Epidemic dropsy in Calcutta - Number 45
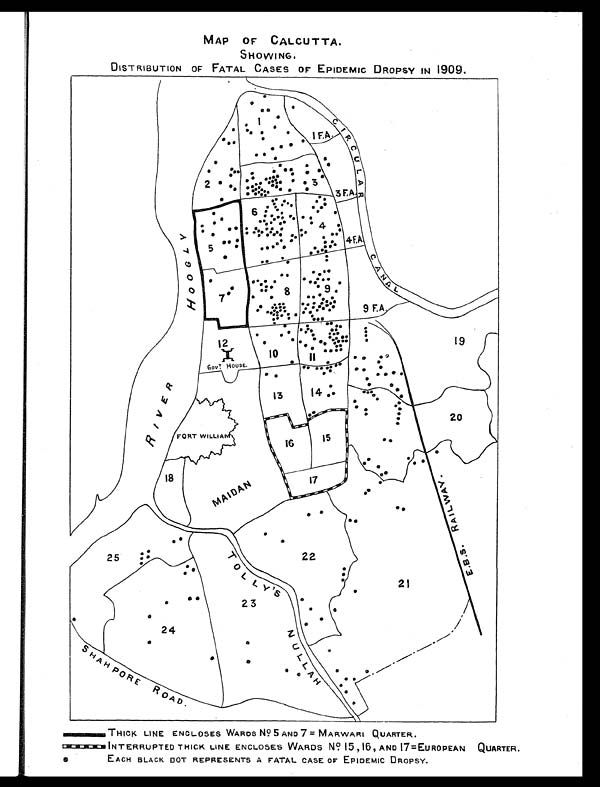
MAP OF CALCUTTA.
SHOWING.
DISTRIBUTION OF FATAL CASES OF EPIDEMIC DROPSY IN 1909 .
THICK LINE ENCLOSES WARDS No 5 AND 7 = MARWARI QUARTER.
INTERRUPTED THICK LINE ENCLOSES WARDS No 15,16, AND 17=EUROPEAN QUARTER.
EACH BLACK DOT REPRESENTS A FATAL CASE OF EPIDEMIC DROPSY.